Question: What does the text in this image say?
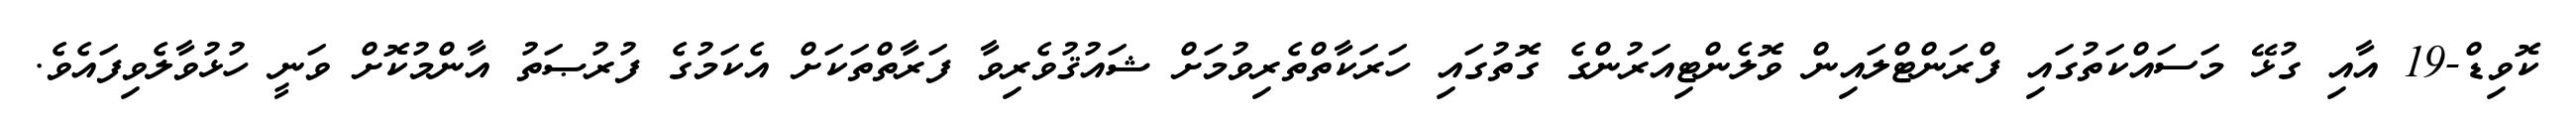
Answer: ކޮވިޑް-19 އާއި ގުޅޭ މަސައްކަތުގައި ފްރަންޓްލައިން ވޮލެންޓިއަރުންގެ ގޮތުގައި ހަރަކާތްތެރިވުމަށް ޝައުޤުވެރިވާ ފަރާތްތަކަށް އެކަމުގެ ފުރުޞަތު އާންމުކޮށް ވަނީ ހުޅުވާލެވިފައެވެ.